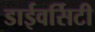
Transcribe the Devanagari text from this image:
डाईवर्सिटी